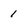
Character: 1